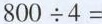
$$8 0 0 \div 4 =$$